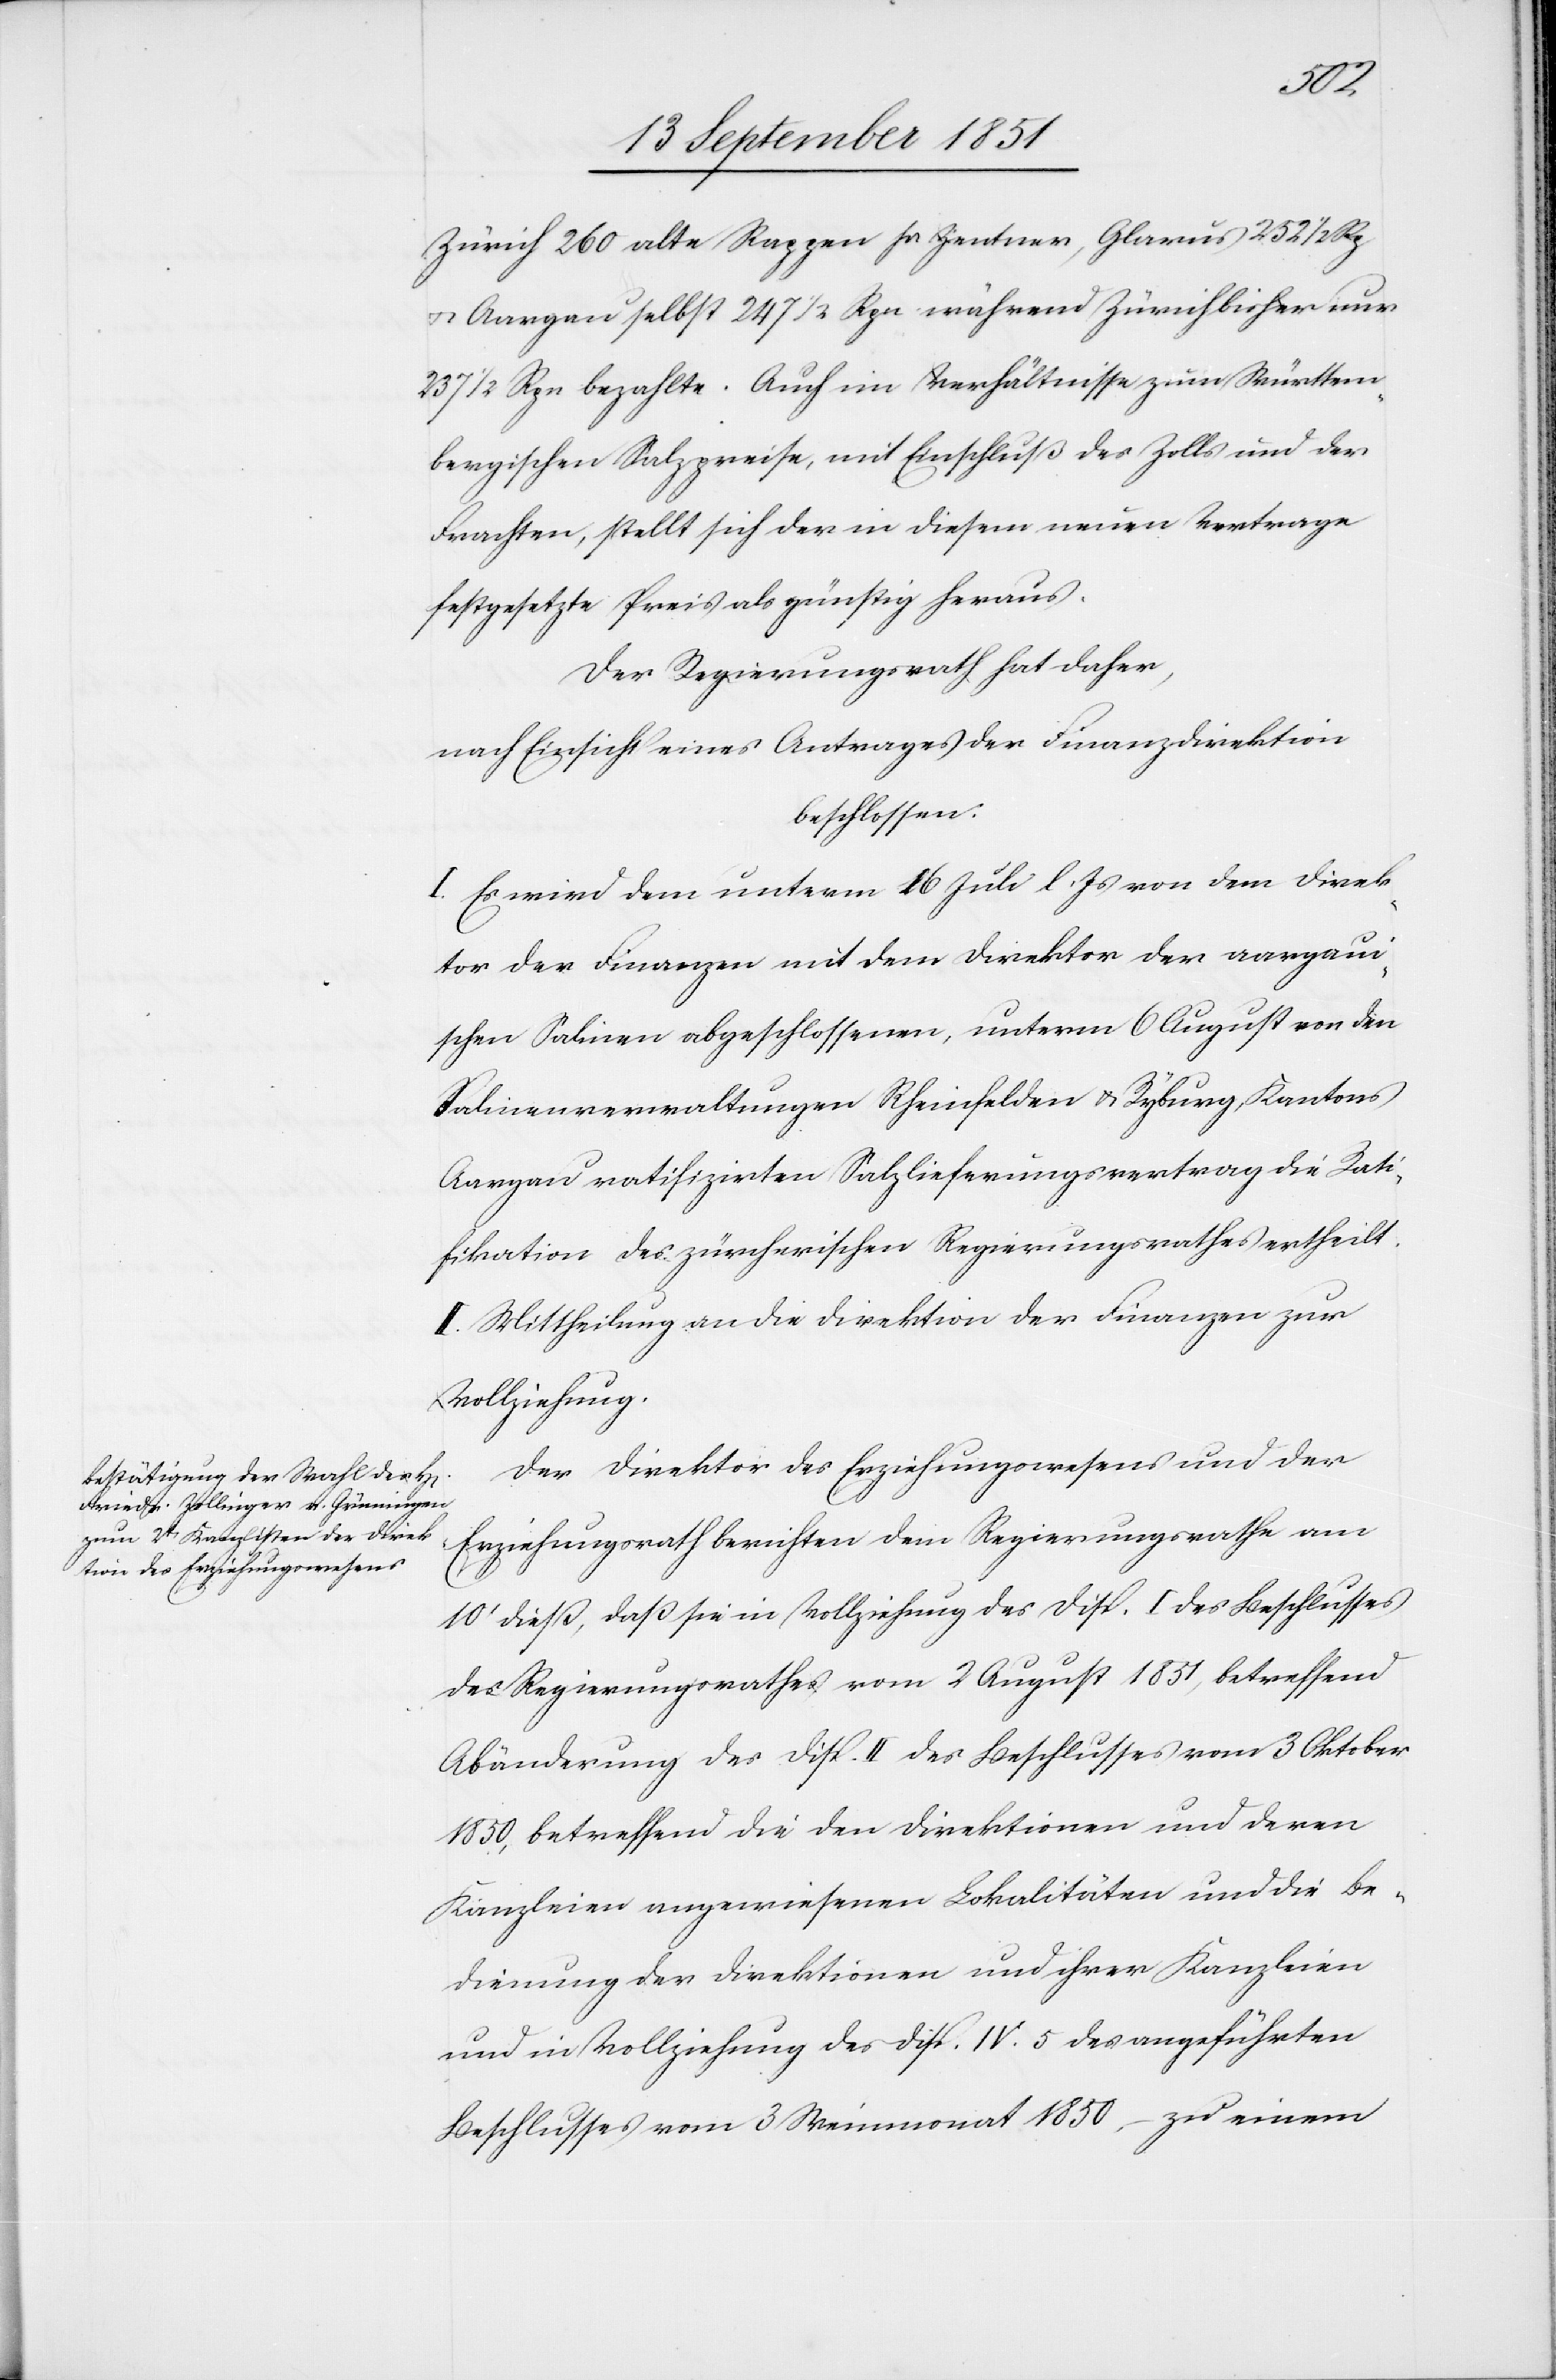
Zürich 260 alte Rappen pr. Zentner, Glarus 252 1/2 Rp
& Aargau selbst 247 1/2 Rpn während Zürich bisher nur
237 1/2 Rpn bezahlte. Auch im Verhältnisse zum Württem¬
bergischen Salzpreise, mit Einschluß des Zolls und der
Frachten, stellt sich der in diesem neuen Vertrage
festgesetzte Preis als günstig heraus.
Der Regierungsrath hat daher,
nach Einsicht eines Antrages der Finanzdirektion
beschlossen:
I. Es wird dem unterm 16 Juli l. Js von dem Direk¬
tor der Finanzen mit dem Direktor der aargaui¬
schen Salinen abgeschlossenen, unterm 6 August von den
Salinenverwaltungen Rheinfelden & Ryburg, Kantons
Aargau ratifizirten Salzlieferungsvertrag die Rati¬
fikation des zürcherischen Regierungsrathes ertheilt.
II. Mittheilung an die Direktion der Finanzen zur
Vollziehung.
Der Direktor des Erziehungswesens und der
Erziehungsrath berichten dem Regierungsrathe am
10t dieß, daß sie in Vollziehung des Disp. I des Beschlusses
des Regierungsrathes vom 2 August 1851, betreffend
Abänderung des Disp. II des Beschlusses vom 3 Oktober
1850, betreffend die den Direktionen und deren
Kanzleien angewiesenen Lokalitäten und die Be¬
dienung der Direktionen und ihrer Kanzleien
und in Vollziehung des Disp. IV. 5 des angeführten
Beschlusses vom 3 Weinmonat 1850 – zu einem